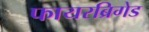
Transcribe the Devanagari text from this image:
फायरब्रिगेड